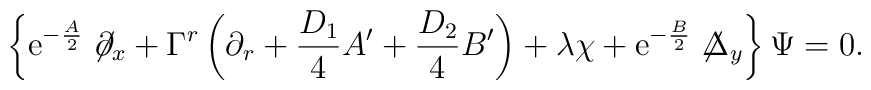
\left\{{\rm e}^{-{A\over 2}}\not\hspace{-0.1cm}{\partial}_x+\Gamma^r\left(\partial_r+{D_1\over4}A'+{D_2\over  4}B'\right)+\lambda\chi+{\rm e}^{-{B\over2}}\not\hspace{-0.1cm}{\Delta}_y\right\}\Psi=0.